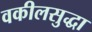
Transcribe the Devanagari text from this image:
वकीलसुद्धा